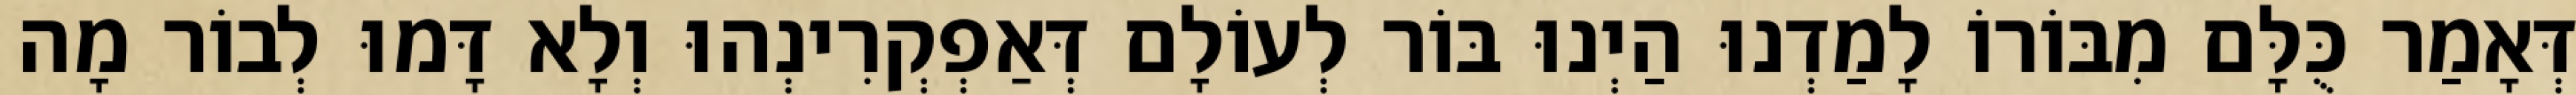
דְּאָמַר כֻּלָּם מִבּוֹרוֹ לָמַדְנוּ הַיְנוּ בּוֹר לְעוֹלָם דְּאַפְקְרִינְהוּ וְלָא דָּמוּ לְבוֹר מָה